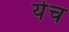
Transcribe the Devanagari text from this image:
येच